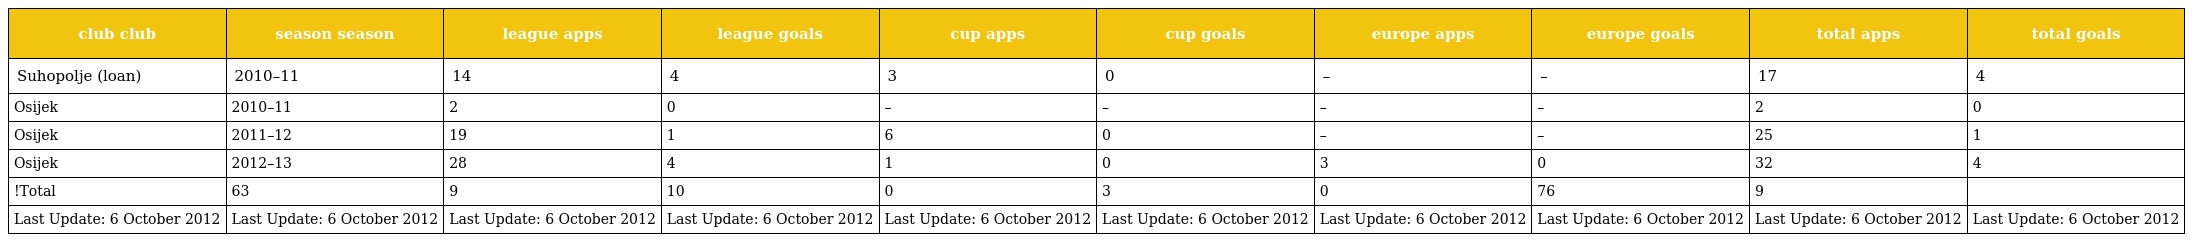
| club club | season season | league apps | league goals | cup apps | cup goals | europe apps | europe goals | total apps | total goals |
 | --- | --- | --- | --- | --- | --- | --- | --- | --- | --- |
 | Suhopolje (loan) | 2010–11 | 14 | 4 | 3 | 0 | – | – | 17 | 4 |
 | Osijek | 2010–11 | 2 | 0 | – | – | – | – | 2 | 0 |
 | Osijek | 2011–12 | 19 | 1 | 6 | 0 | – | – | 25 | 1 |
 | Osijek | 2012–13 | 28 | 4 | 1 | 0 | 3 | 0 | 32 | 4 |
 | !Total | 63 | 9 | 10 | 0 | 3 | 0 | 76 | 9 |  |
 | Last Update: 6 October 2012 | Last Update: 6 October 2012 | Last Update: 6 October 2012 | Last Update: 6 October 2012 | Last Update: 6 October 2012 | Last Update: 6 October 2012 | Last Update: 6 October 2012 | Last Update: 6 October 2012 | Last Update: 6 October 2012 | Last Update: 6 October 2012 |